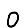
Digit: 0